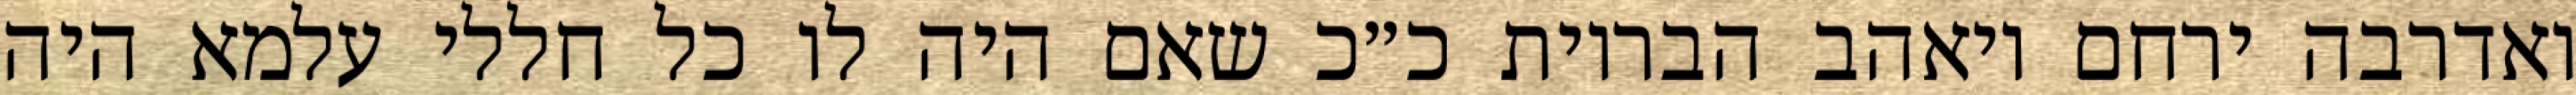
ואדרבה ירחם ויאהב הבריות כ״כ שאם היה לו כל חללי עלמא היה